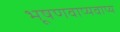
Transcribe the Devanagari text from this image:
भूषणवाप्यवाप्य